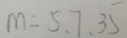
m = 5 . 7 . 3 5